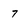
Character: 7